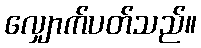
လျှောက်ပတ်သည်။